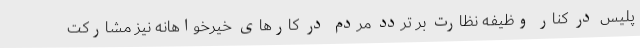
پلیس در کنار وظیفه نظارت بر تردد مردم در کارهای خیرخواهانه نیز مشارکت